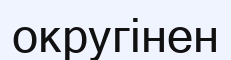
округінен